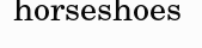
horseshoes